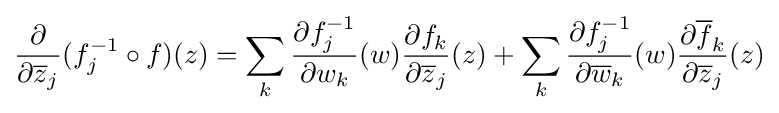
{\frac {\partial }{\partial {\overline {z}}_{j}}}(f_{j}^{-1}\circ f)(z)=\sum _{k}{\frac {\partial f_{j}^{-1}}{\partial w_{k}}}(w){\frac {\partial f_{k}}{\partial {\overline {z}}_{j}}}(z)+\sum _{k}{\frac {\partial f_{j}^{-1}}{\partial {\overline {w}}_{k}}}(w){\frac {\partial {\overline {f}}_{k}}{\partial {\overline {z}}_{j}}}(z)